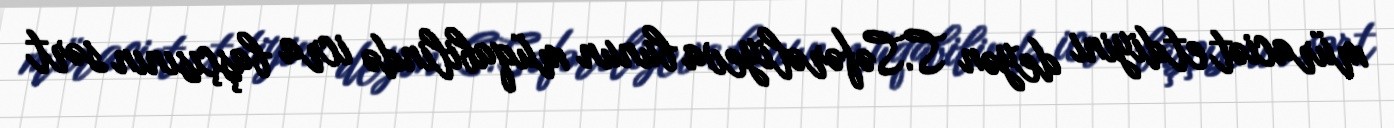
müraciət etdiyini deyən S.Səfərəliyeva bunun müqabilində icra başçısının sərt